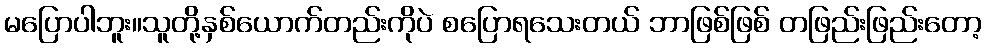
မပြောပါဘူး။သူတို့နှစ်ယောက်တည်းကိုပဲ စပြောရသေးတယ် ဘာဖြစ်ဖြစ် တဖြည်းဖြည်းတော့